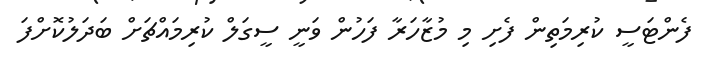
ފެންޓަސީ ކުރިމަތިން ފެށި މި މުޒާހަރާ ފަހުން ވަނީ ސީގަލް ކުރިމައްޗަށް ބަދަލުކޮށްފަ